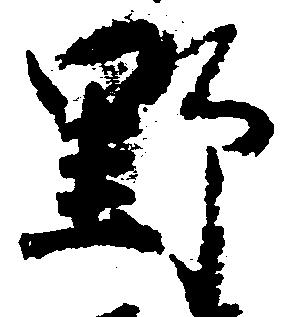
野